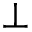
\perp